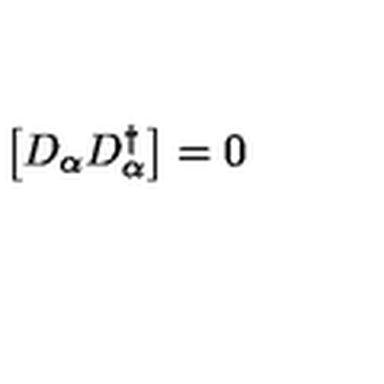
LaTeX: \left[ D _ { \alpha } D _ { \alpha } ^ { \dagger } \right] = 0